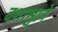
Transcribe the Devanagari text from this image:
दशाश्वाने